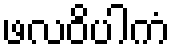
ဖလဝိပါကံ